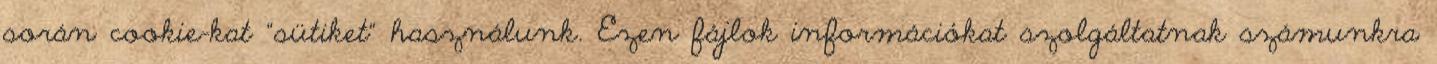
során cookie-kat “sütiket” használunk. Ezen fájlok információkat szolgáltatnak számunkra